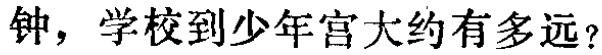
钟，学校到少年宫大约有多远？